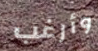
وأرغب